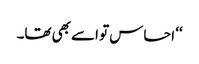
‘‘ احساس تو اسے بھی تھا۔